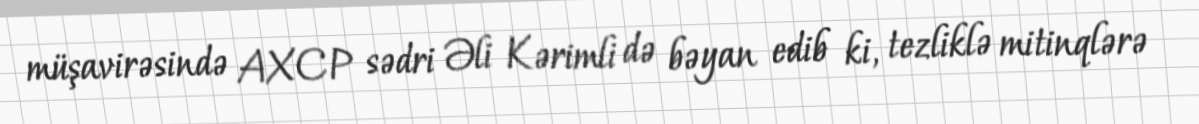
müşavirəsində AXCP sədri Əli Kərimli də bəyan edib ki, tezliklə mitinqlərə